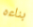
بناءه